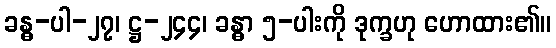
ခန္ဓ-ပါ-၂၇၊ ဋ္ဌ-၂၄၄၊ ခန္ဓာ ၅-ပါးကို ဒုက္ခဟု ဟောထား၏။